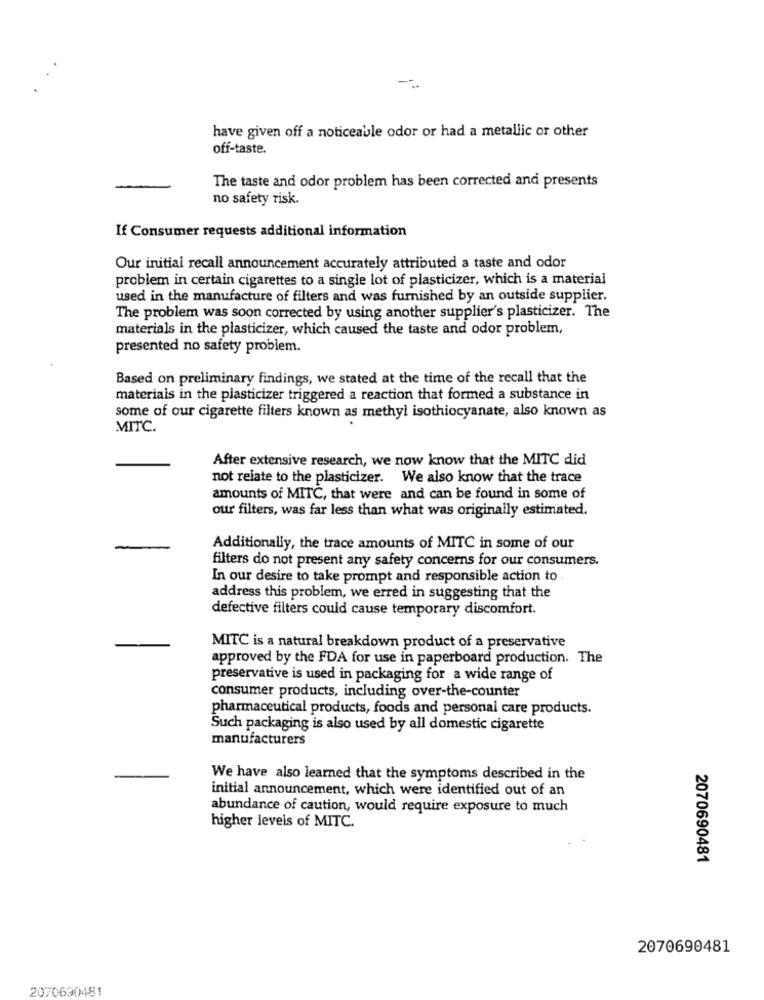
--
have given off a noticeable odor or had a metallic or other
off-taste.
The taste and odor problem has been corrected and presents
no safety risk.
If Consumer requests additional information
Our initial recall announcement accurately attributed a taste and odor
problem in certain cigarettes to a single lot of plasticizer, which is a material
used in the manufacture of filters and was furnished by an outside supplier.
The problem was soon corrected by using another supplier's plasticizer. The
materials in the plasticizer, which caused the taste and odor problem,
presented no safety problem.
Based on preliminary findings, we stated at the time of the recall that the
materials in the plasticizer triggered a reaction that formed a substance in
some of our cigarette filters known as methyl isothiocyanate, also known as
MITC.
After extensive research, we now know that the MITC did
not relate to the plasticizer. We also know that the trace
amounts of MITC, that were and can be found in some of
our filters, was far less than what was originally estimated.
Additionally, the trace amounts of MITC in some of our
filters do not present any safety concerns for our consumers.
In our desire to take prompt and responsible action to.
address this problem, we erred in suggesting that the
defective filters could cause temporary discomfort.
MITC is a natural breakdown product of a preservative
approved by the FDA for use in paperboard production. The
preservative is used in packaging for a wide range of
consumer products, including over-the-counter
pharmaceutical products, foods and personal care products.
Such packaging is also used by all domestic cigarette
manufacturers
We have also learned that the symptoms described in the
initial announcement, which were identified out of an
abundance of caution, would require exposure to much
higher levels of MITC.
2070690481
2070690481
2070630481